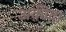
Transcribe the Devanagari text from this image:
अक़ीदा